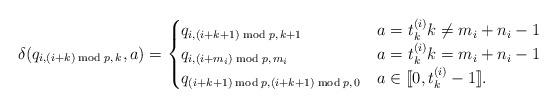
LaTeX: \begin{align*}\delta(q_{i,(i+k)\bmod p,\, k},a)=\begin{cases}q_{i,(i+k+1)\bmod p,\, k+1} & a=t_{k}^{(i)} k\ne m_i+n_i-1\\q_{i,(i+m_i)\bmod p,\, m_i} & a=t_{k}^{(i)} k= m_i+n_i-1\\q_{(i+k+1)\bmod p,(i+k+1)\bmod p,\, 0} & a\in [\![0, t_k^{(i)}-1]\!].\end{cases}\end{align*}